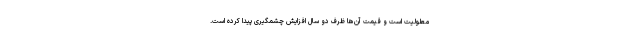
معلولیت است و قیمت آن‌ها ظرف دو سال افزایش چشمگیری پیدا کرده است.